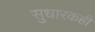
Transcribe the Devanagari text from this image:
सुधारकही